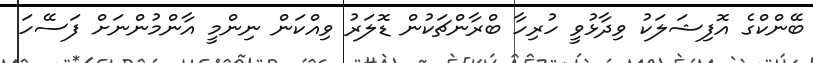
ބޭންކްގެ އޮފިޝަލަކު ވިދާޅުވީ ހުރިހާ ބްރާންޗަކުން ޑޮލަރު ވިއްކަން ނިންމީ އާންމުންނަށް ފަސޭހަ